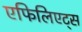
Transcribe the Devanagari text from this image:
एफिलिएट्स